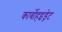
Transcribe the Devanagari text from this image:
कार्बोहइड्रेट